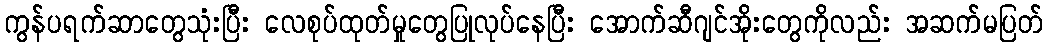
ကွန်ပရက်ဆာတွေသုံးပြီး လေစုပ်ထုတ်မှုတွေပြုလုပ်နေပြီး အောက်ဆီဂျင်အိုးတွေကိုလည်း အဆက်မပြတ်